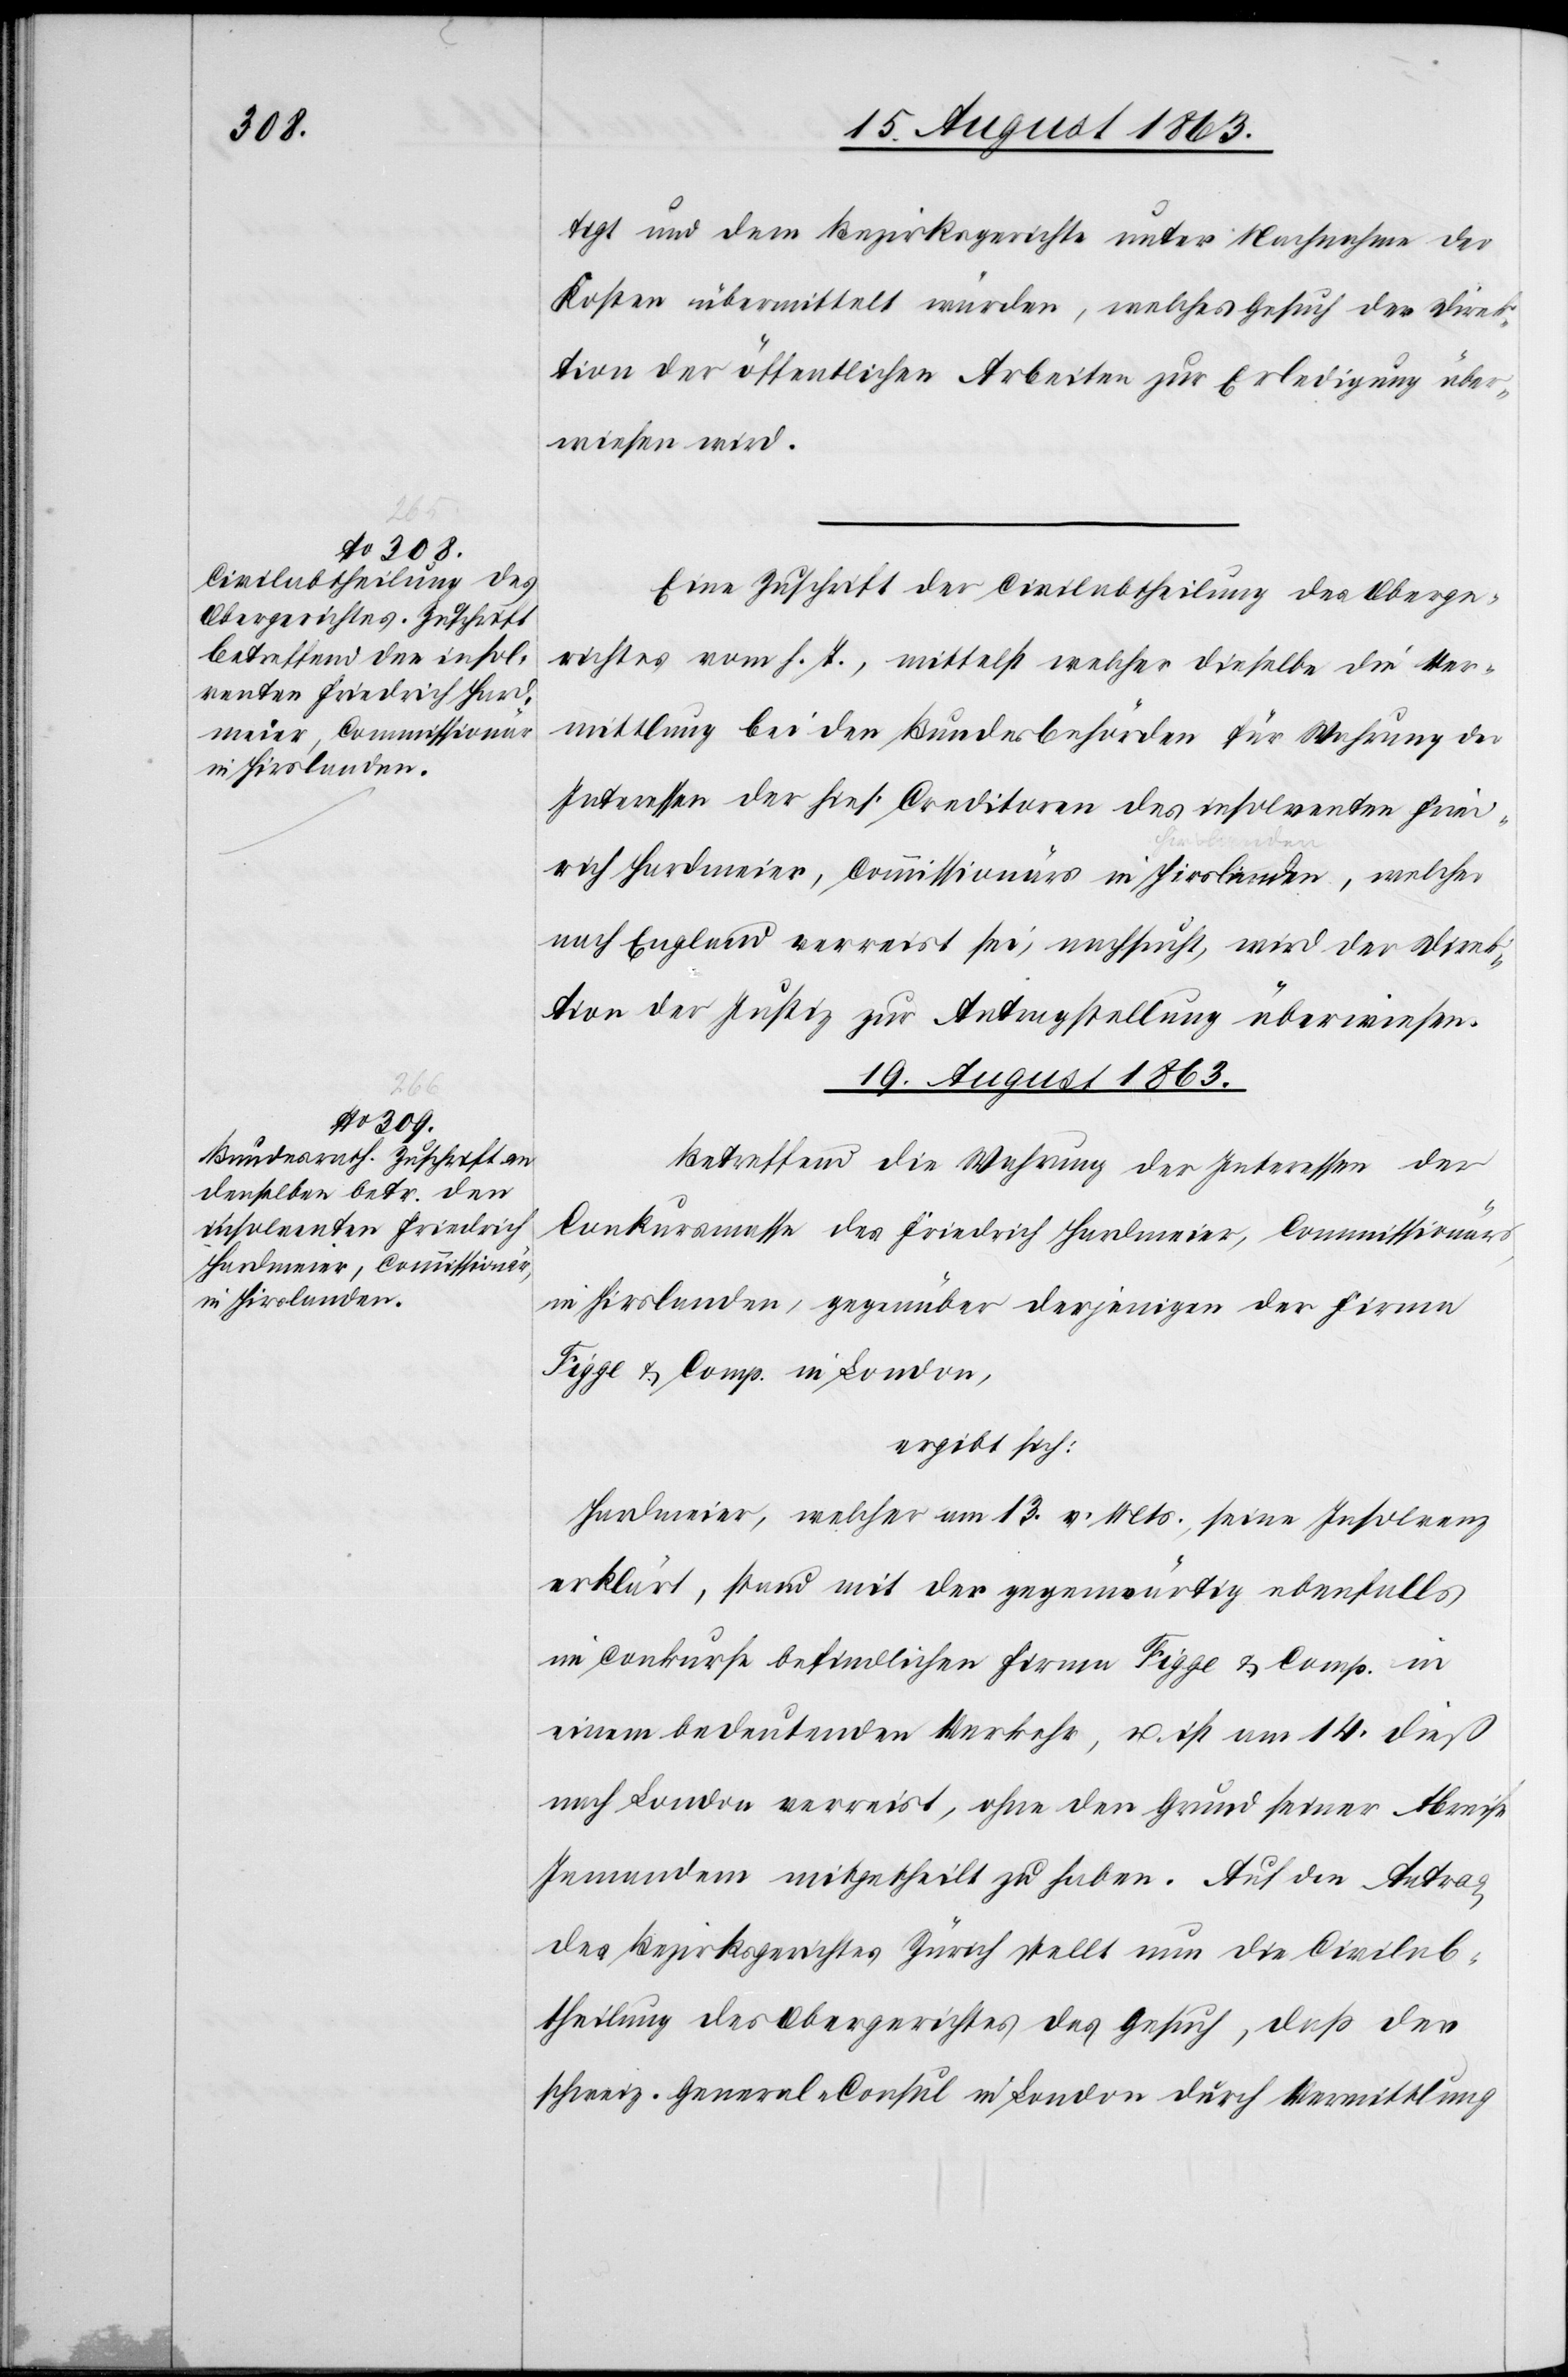
tigt und dem Bezirksgerichte unter Nachnahme der
Kosten übermittelt würden, welches Gesuch der Direk¬
tion der öffentlichen Arbeiten zur Erledigung über¬
wiesen wird.
Eine Zuschrift der Civilabtheilung des Oberge¬
richtes vom h. T., mittelst welcher dieselbe die Ver¬
mittlung bei den Bundesbehörden für Wahrung der
Interessen der hies. Creditoren des insolventen Fried¬
rich Hardmeier, Commissionärs in Hirslanden, welcher
nach England verreist sei, nachsucht, wird der Direk¬
tion der Justiz zur Antragstellung überwiesen.
19. August 1863.
Betreffend die Wahrung der Interessen der
Conkursmasse des Friedrich Hardmeier, Commissionärs,
in Hirslanden, gegenüber derjenigen der Firma
Figge & Comp. in London,
ergibt sich:
Hardmeier, welcher am 13. v. Mts., seine Insolvenz
erklärt, stand mit der gegenwärtig ebenfalls
in Conkurse befindlichen Firma Figge & Comp. in
einem bedeutenden Verkehr, u. ist am 14. dieß
nach London verreist, ohne den Grund seiner Abreise
Jemandem mitgetheilt zu haben. Auf den Antrag
des Bezirksgerichtes Zürich stellt nun die Civilab¬
theilung des Obergerichtes das Gesuch, daß der
schweiz. General-Consul in London durch Vermittlung